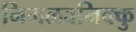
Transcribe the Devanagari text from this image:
निगळवनिक्कु